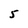
Character: 5